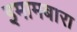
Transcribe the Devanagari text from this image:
इमामबारा